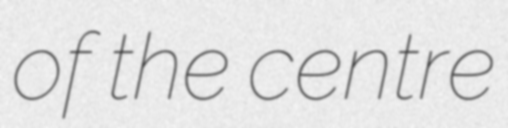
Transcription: of the centre